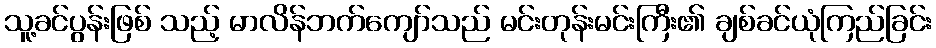
သူ့ခင်ပွန်းဖြစ် သည့် မာလိန်ဘက်ကျော်သည် မင်းတုန်းမင်းကြီး၏ ချစ်ခင်ယုံကြည်ခြင်း